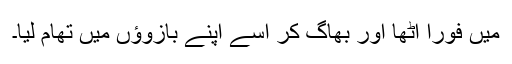
میں فوراً اُٹھا اور بھاگ کر اسے اپنے بازوؤں میں تھام لیا۔